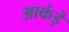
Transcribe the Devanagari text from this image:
आकंड़े